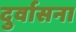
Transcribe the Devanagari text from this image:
दुर्वासना